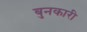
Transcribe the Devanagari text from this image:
बुनकारी